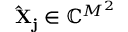
\mathbf { \hat { X } _ { j } } \in \mathbb { C } ^ { M ^ { 2 } }